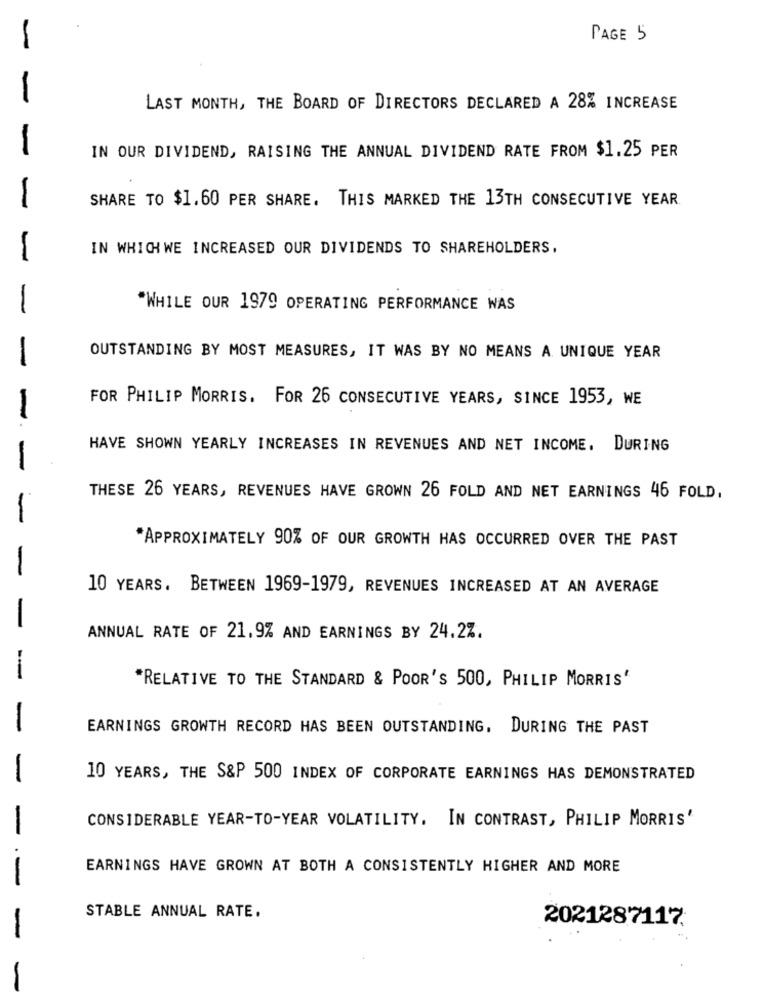
PAGE 5
-
LAST MONTH, THE BOARD OF DIRECTORS DECLARED A 28% INCREASE
IN OUR DIVIDEND, RAISING THE ANNUAL DIVIDEND RATE FROM $1.25 PER
SHARE TO $1.60 PER SHARE. THIS MARKED THE 13TH CONSECUTIVE YEAR.
-
IN WHICH WE INCREASED OUR DIVIDENDS TO SHAREHOLDERS,
-
-
"WHILE OUR 1979 OPERATING PERFORMANCE WAS
-
OUTSTANDING BY MOST MEASURES, IT WAS BY NO MEANS A UNIQUE YEAR
FOR PHILIP MORRIS. FOR 26 CONSECUTIVE YEARS, SINCE 1953, WE
-
HAVE SHOWN YEARLY INCREASES IN REVENUES AND NET INCOME. DURING
-
THESE 26 YEARS, REVENUES HAVE GROWN 26 FOLD AND NET EARNINGS 46 FOLD,
-
*APPROXIMATELY 90% OF OUR GROWTH HAS OCCURRED OVER THE PAST
10 YEARS. BETWEEN 1969-1979, REVENUES INCREASED AT AN AVERAGE
ANNUAL RATE OF 21.9% AND EARNINGS BY 24.2%.
-
"RELATIVE TO THE STANDARD & POOR'S 500, PHILIP MORRIS'
EARNINGS GROWTH RECORD HAS BEEN OUTSTANDING, DURING THE PAST
10 YEARS, THE S&P 500 INDEX OF CORPORATE EARNINGS HAS DEMONSTRATED
CONSIDERABLE YEAR-TO-YEAR VOLATILITY. IN CONTRAST, PHILIP MORRIS'
EARNINGS HAVE GROWN AT BOTH A CONSISTENTLY HIGHER AND MORE
-
STABLE ANNUAL RATE.
2021287117
-